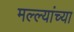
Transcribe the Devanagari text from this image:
मल्ल्यांच्या